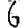
Digit: 6